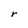
Character: r